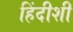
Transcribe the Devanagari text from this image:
हिंदीशी